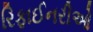
રિફાઈનરીઓ